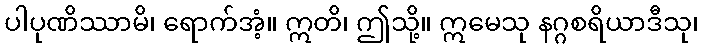
ပါပုဏိဿာမိ၊ ရောက်အံ့။ ဣတိ၊ ဤသို့။ ဣမေသု နဂ္ဂစရိယာဒီသု၊